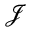
\mathcal { J }